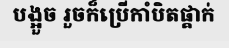
បង្អួច រួចក៏ប្រើកាំបិតផ្គាក់